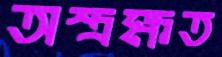
অস্ত্রক্ষত